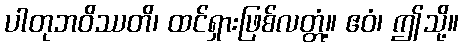
ပါတုဘဝိဿတိ၊ ထင်ရှားဖြစ်လတ္တံ့။ ဧဝံ၊ ဤသို့။